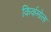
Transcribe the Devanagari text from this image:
किर्कमोला